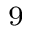
^ { 9 }